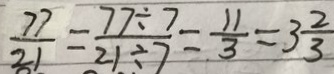
\frac { 7 7 } { 2 1 } = \frac { 7 7 \div 7 } { 2 1 \div 7 } = \frac { 1 1 } { 3 } = 3 \frac { 2 } { 3 }